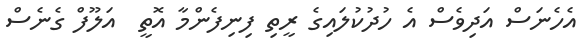
އެހެނަސް އަދިވެސް އެ ހުދުކުލައިގެ ރީތި ފިނިފެންމާ އޮތީ  އަލޫފް ގެނެސް